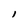
Character: l